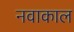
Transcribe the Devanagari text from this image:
नवाकाल